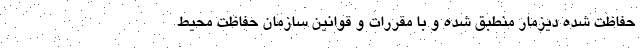
حفاظت شده دیزمار منطبق شده و با مقررات و قوانین سازمان حفاظت محیط